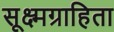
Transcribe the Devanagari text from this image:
सूक्ष्मग्राहिता